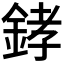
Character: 﨧